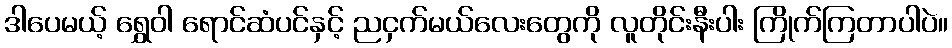
ဒါပေမယ့် ရွှေဝါ ရောင်ဆံပင်နှင့် ညငှက်မယ်လေးတွေကို လူတိုင်းနီးပါး ကြိုက်ကြတာပါပဲ။